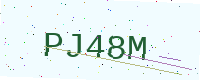
Text: PJ48M